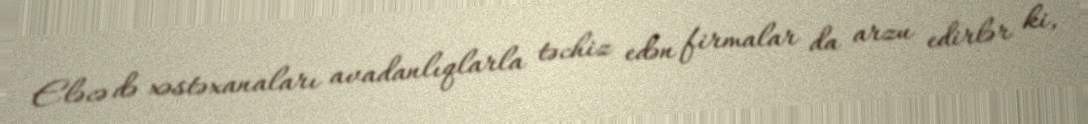
Eləcə də xəstəxanaları avadanlıqlarla təchiz edən firmalar da arzu edirlər ki,